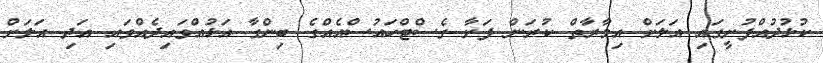
ކުޅުދުއްފުށީގައި އަލަށް އިމާރާތް ކުރަން ފަށާ ގެސްޓްހައުސްއެއްގެ ބިންގާ އަޅުއްވައިދެއްވައި އަދި އަލަށް